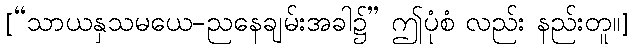
[“သာယနှသမယေ-ညနေချမ်းအခါ၌” ဤပုံစံ လည်း နည်းတူ။]